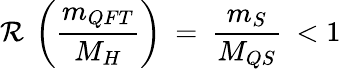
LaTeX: {\cal R}\: \left(\frac{m_{QFT}}{M_{H}}\right)\: =\: \frac{m_{S}}{M_{QS}}\: <1